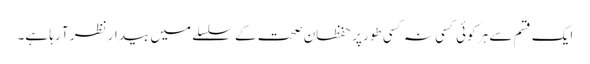
ایک قسم سے ہر کوئی کسی نہ کسی طور پر حفظان صحت کے سلسلے میں بیدار نظر آ رہا ہے۔